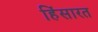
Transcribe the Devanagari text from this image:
हिंसारत